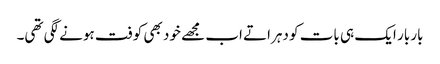
بار بار ایک ہی بات کو دہراتے اب مجھے خود بھی کوفت ہونے لگی تھی۔